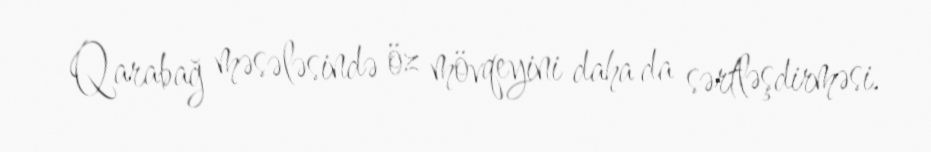
Qarabağ məsələsində öz mövqeyini daha da sərtləşdirməsi.